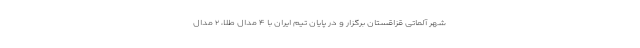
شهر آلماتی قزاقستان برگزار و در پایان تیم ایران با ۴ مدال طلا، ۲ مدال